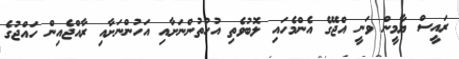
ރައީސް ޔާމީން ވަނީ އްޖޭގެ އެންމެހައި ލޮބުވެތި އުހުތުންނަށާއި އަހުންނަށާއި ރާއްޖެއިން ހައްޖުގެ